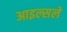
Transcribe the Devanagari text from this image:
आइल्सले